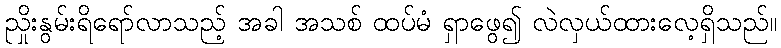
ညှိုးနွမ်းရိရော်လာသည့် အခါ အသစ် ထပ်မံ ရှာဖွေ၍ လဲလှယ်ထားလေ့ရှိသည်။